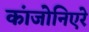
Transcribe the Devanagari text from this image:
कांजोनिएरे